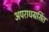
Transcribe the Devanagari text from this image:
अपराधग्रसित